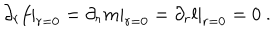
\partial _ { r } f | _ { r = 0 } = \partial _ { r } m | _ { r = 0 } = \partial _ { r } l | _ { r = 0 } = 0 \ .